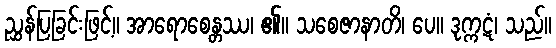
ညွှန်ပြခြင်းဖြင့်။ အာရောစေန္တဿ၊ ၏။ သစေဇာနာတိ၊ ပေ။ ဒုက္ကဋံ၊ သည်။